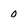
Character: 0